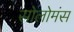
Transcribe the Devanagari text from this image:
सोलोमंस